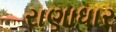
રાણાધાર